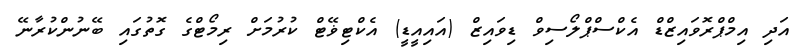
އަދި އިމްޕްރޮވައިޒްޑް އެކްސްޕްލޯސިވް ޑިވައިޒް (އައިއީޑީ) އެކްޓިޥޭޓް ކުރުމަށް ރިމޯޓްގެ ގޮތުގައި ބޭނުންކުރާނޭ